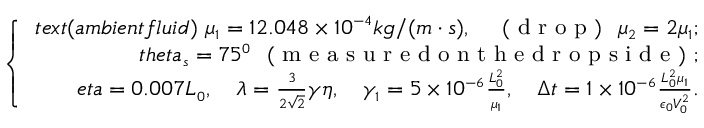
\small \left\{ \begin{array} { r l } { t e x t { ( a m b i e n t f l u i d ) } \ \mu _ { 1 } = 1 2 . 0 4 8 \times 1 0 ^ { - 4 } k g / ( m \cdot s ) , \quad \mathrm { ~ ( ~ d ~ r ~ o ~ p ~ ) ~ } \ \mu _ { 2 } = 2 \mu _ { 1 } ; } \\ { t h e t a _ { s } = 7 5 ^ { 0 } \ \mathrm { ~ ( ~ m ~ e ~ a ~ s ~ u ~ r ~ e ~ d ~ o ~ n ~ t ~ h ~ e ~ d ~ r ~ o ~ p ~ s ~ i ~ d ~ e ~ ) ~ } ; } \\ { e t a = 0 . 0 0 7 L _ { 0 } , \quad \lambda = \frac { 3 } { 2 \sqrt { 2 } } \gamma \eta , \quad \gamma _ { 1 } = 5 \times 1 0 ^ { - 6 } \frac { L _ { 0 } ^ { 2 } } { \mu _ { 1 } } , \quad \Delta t = 1 \times 1 0 ^ { - 6 } \frac { L _ { 0 } ^ { 2 } \mu _ { 1 } } { \epsilon _ { 0 } V _ { 0 } ^ { 2 } } . } \end{array} \right.